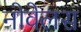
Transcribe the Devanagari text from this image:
नोवेलस